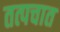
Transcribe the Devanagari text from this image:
तत्पचात